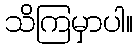
သိကြမှာပါ။